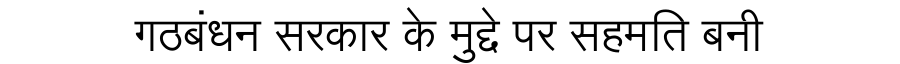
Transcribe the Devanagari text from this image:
गठबंधन सरकार के मुद्दे पर सहमति बनी